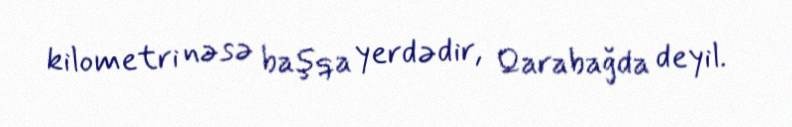
kilometri nəsə başqa yerdədir, Qarabağda deyil.